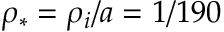
\rho _ { * } = \rho _ { i } / a = 1 / 1 9 0